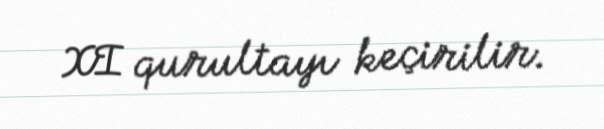
XI qurultayı keçirilir.